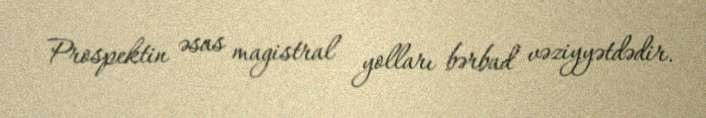
Prospektin əsas magistral yolları bərbad vəziyyətdədir.